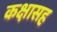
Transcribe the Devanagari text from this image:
कक्षासह